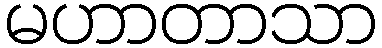
မဟာတာသာ